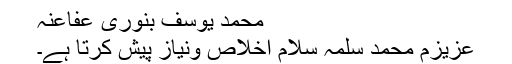
محمد یوسف بنوری عفاعنہ
عزیزم محمد سلمہٗ سلامِ اخلاص ونیاز پیش کرتا ہے۔